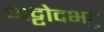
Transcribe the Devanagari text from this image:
भट्टोदभट्ट